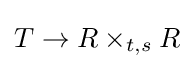
T\to R\times _{t,s}R